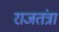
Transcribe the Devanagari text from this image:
राजतंत्रा